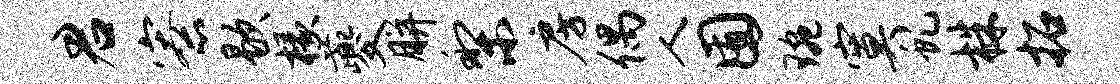
君寮歇椽夔胼梨房偶人囿琬寞虬株拓